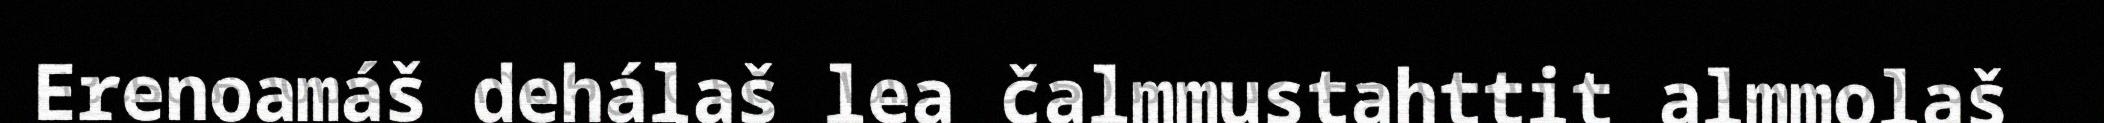
Erenoamáš dehálaš lea čalmmustahttit almmolaš